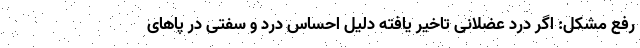
رفع مشکل: اگر درد عضلانی تاخیر یافته دلیل احساس درد و سفتی در پاهای